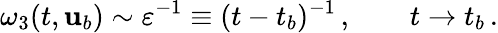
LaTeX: \omega_{3}(t,{\mathbf{u}}_{b})\sim\varepsilon^{-1}\equiv(t-t_{b})^{-1}\, ,\qquad t\to t_{b}\, .